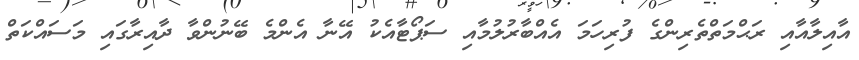
އާއިލާއާއި ރަޙްމަތްތެރިންގެ ފުރިހަމަ އެއްބާރުލުމާއި ސަޕޯޓާއެކު އޭނާ އެންމެ ބޭނުންވާ ދާއިރާގައި މަސައްކަތް